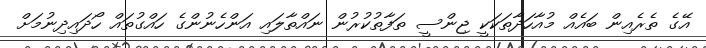
އޭގެ ތެރެއިން ބައެއް މުއާހަދާތަކަކީ ޖިންސީ ތަފާތުކުރުން ނައްތާލައި އަންހެނުންގެ ހައްގުތައް ހޯދައިދިނުމަށް